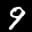
Label: 9